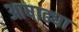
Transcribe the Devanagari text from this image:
आषाढ्या